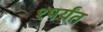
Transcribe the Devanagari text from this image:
१पर्यंत